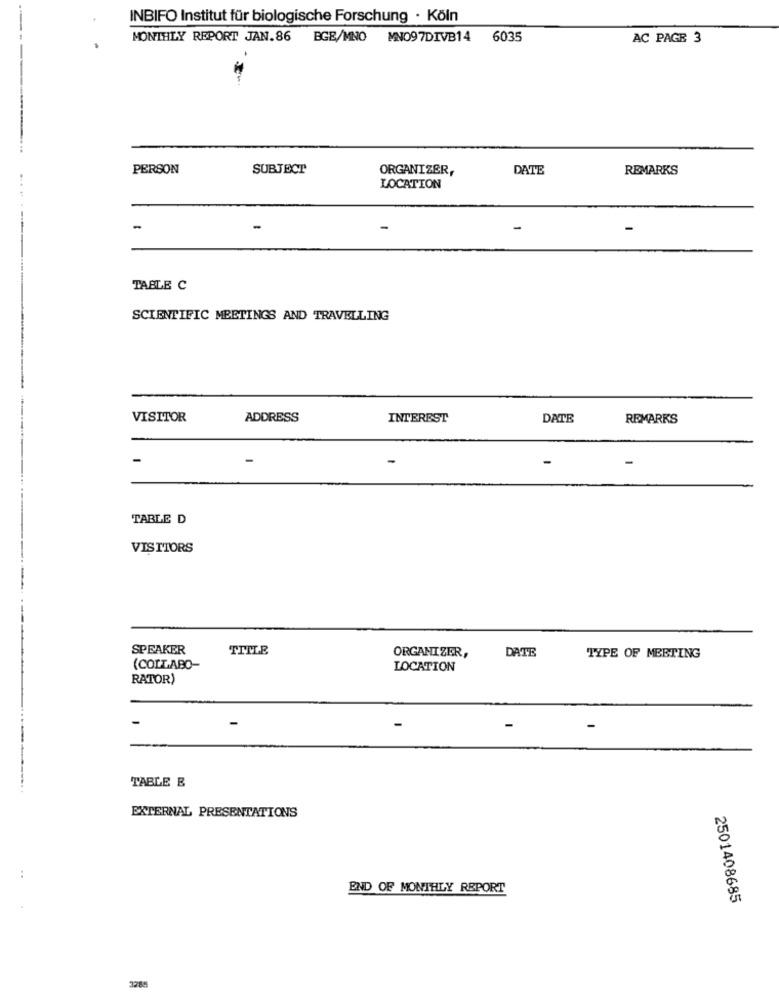
INBIFO Institut für biologische Forschung · Köln
MONTHLY REPORT JAN.86 BGB/MNO
MNO97DIVB14
6035
AC PAGE 3
PERSON
SUBJECT
ORGANIZER,
DATE
REMARKS
LOCATION
TABLE C
SCIENTIFIC MEETINGS AND TRAVELLING
VISITOR
ADDRESS
INTEREST
DATE
REMARKS
-
-
TABLE D
VISITORS
SPEAKER
TITLE
ORGANIZER,
DATE
TYPE OF MEETING
(COLLABO-
LOCATION
RATOR)
TABLE B
EXTERNAL PRESENTATIONS
..
END OF MONTHLY REPORT
2501408685